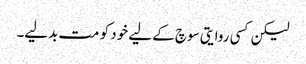
لیکن کسی روایتی سوچ کے لیے خود کو مت بدلیے۔